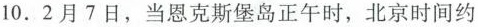
10.2月7日，当恩克斯堡岛正午时，北京时间约